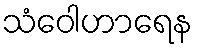
သံဝေါဟာရေန